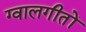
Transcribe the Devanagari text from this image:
ग्वालगीतों